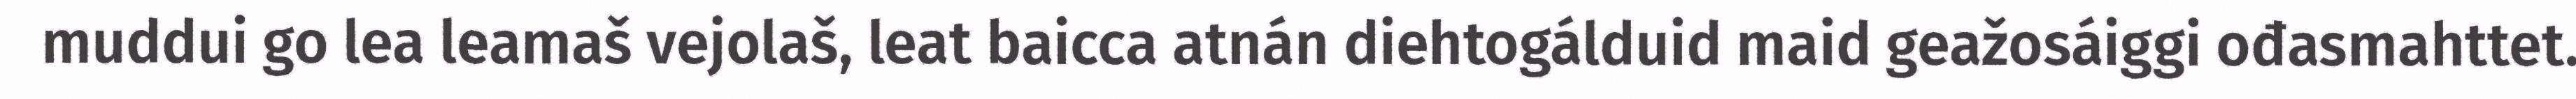
muddui go lea leamaš vejolaš, leat baicca atnán diehtogálduid maid geažosáiggi ođasmahttet.